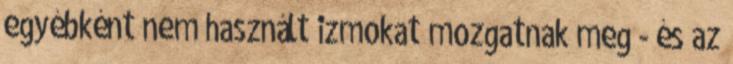
egyébként nem használt izmokat mozgatnak meg - és az